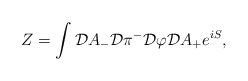
\begin{align*}Z= \int {\cal D} A_{-} {\cal D} \pi^{-} {\cal D} \varphi {\cal D} A_{+} e^{iS},\end{align*}